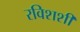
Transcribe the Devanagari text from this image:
रविशशी